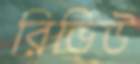
রিভিউ